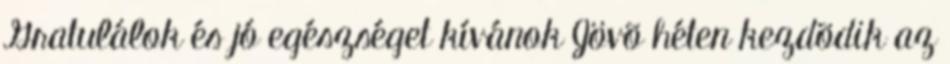
Gratulálok és jó egészséget kívánok Jövõ héten kezdõdik az